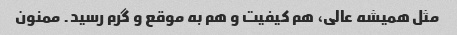
مثل همیشه عالی، هم کیفیت و هم به موقع و گرم رسید. ممنون